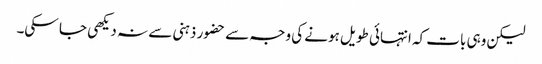
لیکن وہی بات کہ انتہائی طویل ہونے کی وجہ سے حضور ذہنی سے نہ دیکھی جا سکی۔